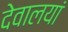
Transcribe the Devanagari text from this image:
देवालयां